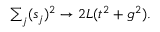
\begin{array} { r } { \sum _ { j } ( s _ { j } ) ^ { 2 } \to 2 L ( t ^ { 2 } + g ^ { 2 } ) . } \end{array}